Note on the mental hospitals in Burma - 1925-1940
Year: 1925
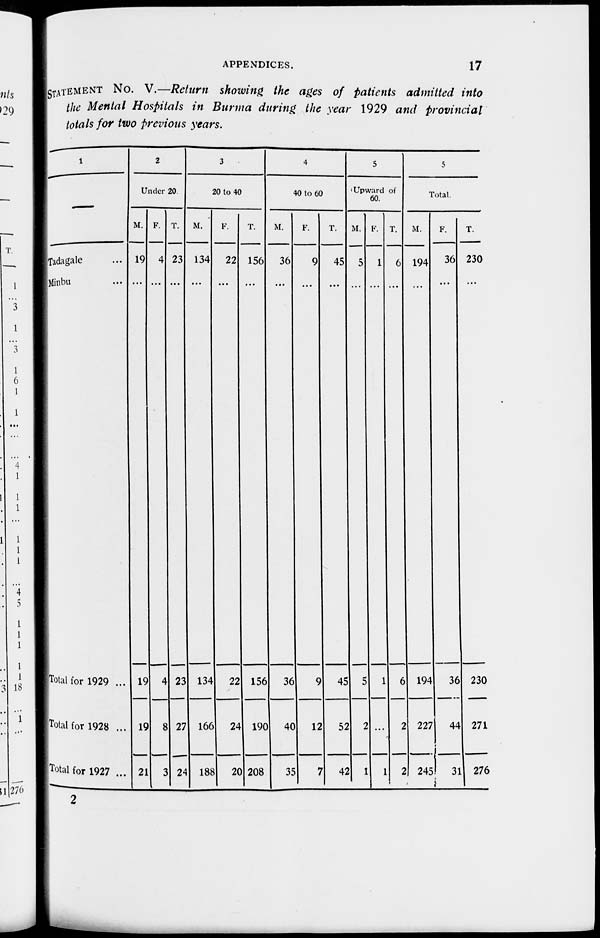
APPENDICES.
17
STATEMENT No. V.—Return showing the ages of patients admitted into
the Mental Hospitals in Burma during the year 1929 and provincial
totals for two previous years.
1
—
Tadagale ...
Minbu ...
Total for 1929 ...
Total for 1928 ...
Total for 1927 ...
2
Under 20.
M.
19
...
19
19
21
F.
4
...
4
8
3
T.
23
...
23
27
24
3
20 to 40.
M.
134
...
134
166
188
F.
22
...
22
24
20
T.
156
...
156
190
208
4
40 to 60.
M.
36
...
36
40
35
F.
9
...
9
12
7
T.
45
...
45
52
42
5
Upward of
60.
M.
5
...
5
2
1
F.
1
...
1
...
1
T.
6
...
6
2
2
6
Total.
M.
194
...
194
227
245
F.
36
...
36
44
31
T.
230
...
230
271
276
2